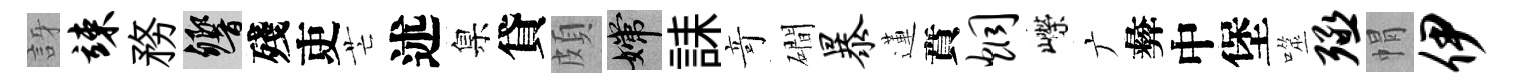
訝竦務響殘吏芒述臬貸頗嫦誄竒磵暴蓮賁炯嶸广彜中堡噬殛㡌伊